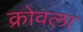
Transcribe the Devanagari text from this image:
क्रोवला